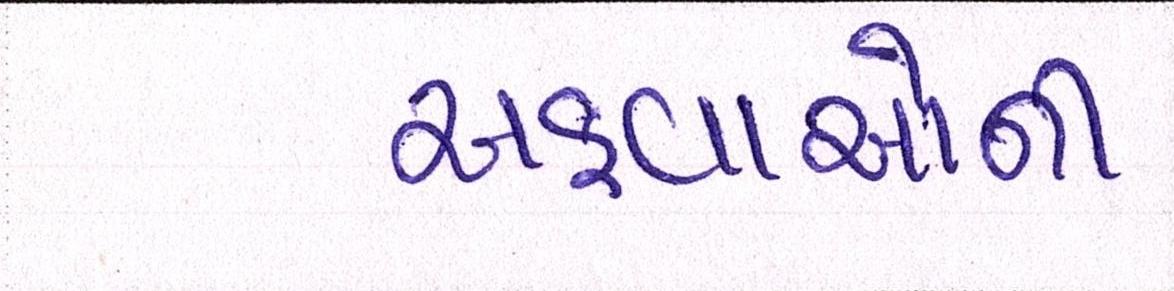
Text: અફવાઓની